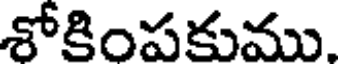
శోకింపకుము.